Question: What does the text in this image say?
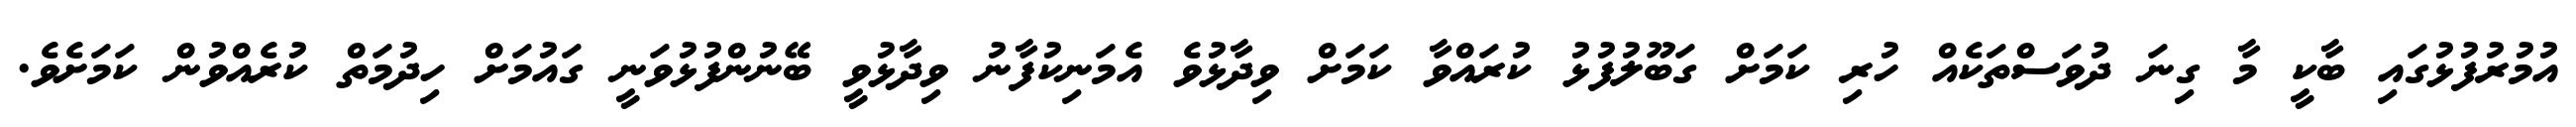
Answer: އުމުރުފުޅުގައި ބާކީ މާ ގިނަ ދުވަސްތަކެއް ހުރި ކަމަށް ގަބޫލުފުޅު ކުރައްވާ ކަމަށް ވިދާޅުވެ އެމަނިކުފާނު ވިދާޅުވީ ބޭނުންފުޅުވަނީ ގައުމަށް ހިދުމަތް ކުރެއްވުން ކަމަށެވެ.